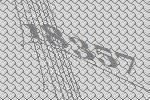
18357